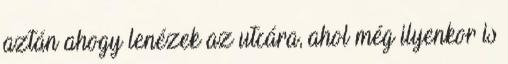
aztán ahogy lenézek az utcára, ahol még ilyenkor is